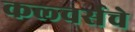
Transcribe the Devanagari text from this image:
कल्चर्सचे